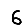
Digit: 6